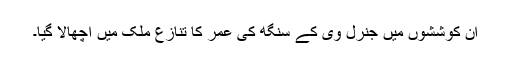
اِن کوششوں میں جنرل وی کے سنگھ کی عمر کا تنازع ملک میں اچھالا گیا۔